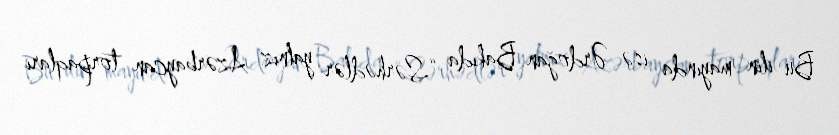
Bu ilin mayında isə Ərdoğan Bakıda “Sərhədlər yalnız Azərbaycan torpaqları